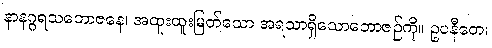
နာနဂ္ဂရသဘောဇနေ၊ အထူးထူးမြတ်သော အရသာရှိသောဘောဇဉ်ကို။ ဥပနီတေ၊